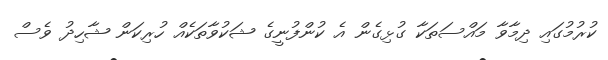
ކުރުމުގައި ދިމާވާ މައްސަތަކާ ގުޅިގެން އެ ކުންފުނީގެ ޝަކުވާތަކެއް ހުރިކަން ޝާހިދު ވެސް